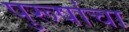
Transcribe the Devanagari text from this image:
पुरूषांचा